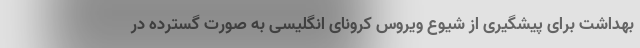
بهداشت برای پیشگیری از شیوع ویروس کرونای انگلیسی به صورت گسترده در